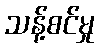
သန့်စင်မှု